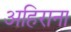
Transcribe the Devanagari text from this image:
अहिराना